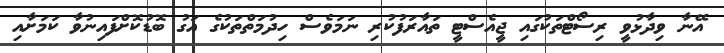
އޭނާ ވިދާޅުވީ ރިސޯޓްތަކުގައި ޖީއެސްޓީ ތައާރަފުކުރި ނަމަވެސް ހިދުމަތްތަކުގެ އަގު ބޮޑުކޮށްފައިނުވާ ކަމަށާއި